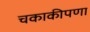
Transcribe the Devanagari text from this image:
चकाकीपणा